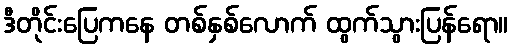
ဒီတိုင်းပြေကနေ တစ်နှစ်လောက် ထွက်သွားပြန်ရော။